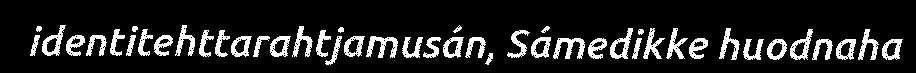
identitehttarahtjamusán, Sámedikke huodnaha